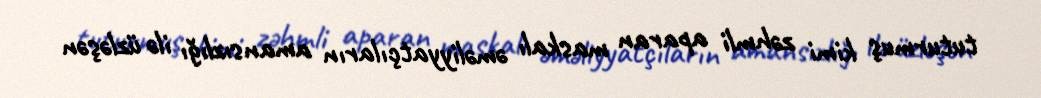
tuturmuş kimi zəhmli aparan maskalı əməliyyatçıların amansızlığı ilə üzləşən